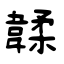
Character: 韖